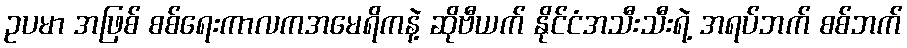
ဥပမာ အဖြစ် စစ်ရေးကာလကအမေရိကနဲ့ ဆိုဗီယက် နိုင်ငံအသီးသီးရဲ့ အရပ်ဘက် စစ်ဘက်